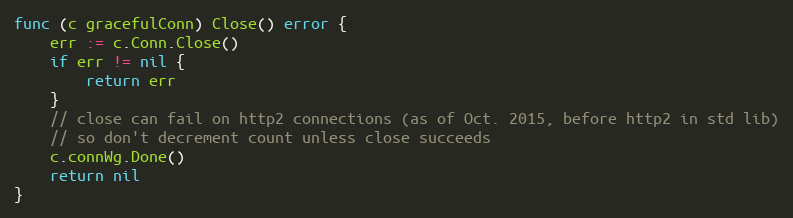
Language: Go
func (c gracefulConn) Close() error {
	err := c.Conn.Close()
	if err != nil {
		return err
	}
	// close can fail on http2 connections (as of Oct. 2015, before http2 in std lib)
	// so don't decrement count unless close succeeds
	c.connWg.Done()
	return nil
}